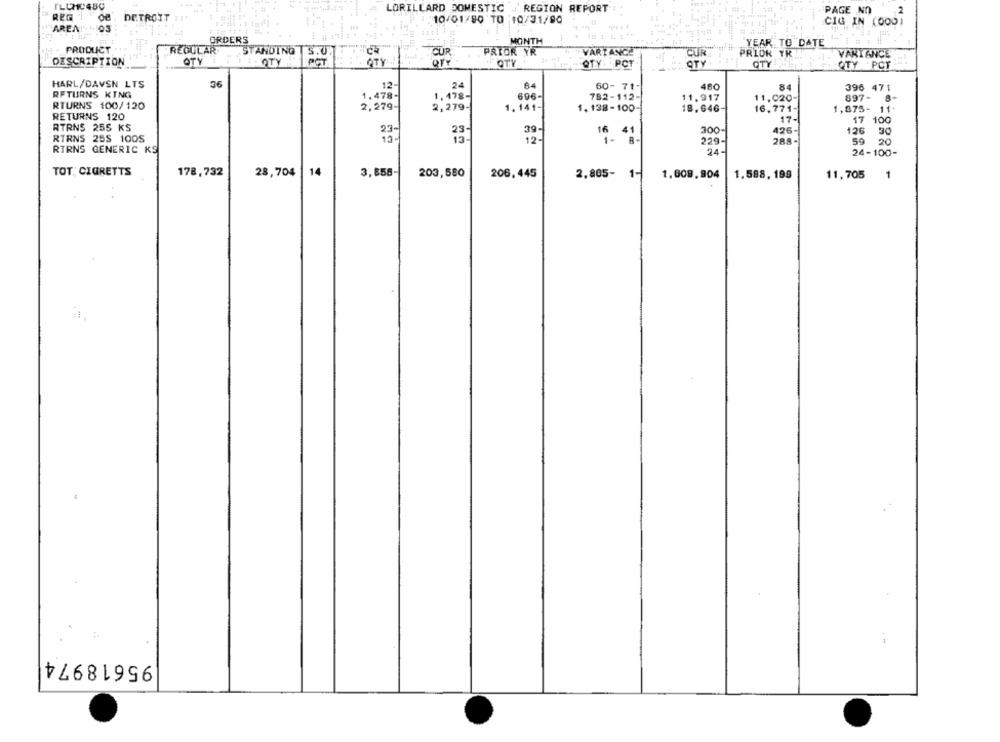
LORILLARD DOMESTIC
REG 1
REGION REPORT
PAGE NO
DETROIT
10/01/80 TO 10/31/90
CIG IN (000)
"AREA . 03
ORDERS
MONTH
YEAR TO DATE
PRODUCT
REGULAR
STANDING
5.0
CUR
PRIOR YR
VARIANCE
PRIOK YR
VARIANCE
CUR
DESCRIPTION
OTY
OTY
PCT
QTY
QTY
QTY . PCT
QTY
QTY
QTY PCT-
HARL/DAVSN LTS
36
12
24
60- 71-
84
396 471
RETURNS KING
1.478-
1,478-
696-
782-112-
11.917
11,020-
897-
RTURNS 100/120
2,279
2,279-
1. 141-
1. 138-100
18.646-
16,771-
1,075- 11+
RETURNS 120
17-
17 100
RTRNS 255 KS
23-
39
300-
426-
126
RTRNS 25S 100S
13-
25
12-
16
229-
288-
59
20
RTRNS GENERIC KS
24-
24-100-
TOT. CIGRETTS
178,732
28,704 |14
3,858-
203,580
206.445
2,805- 1-
1.609,904
1.588, 199
11.705
1
--
95618974